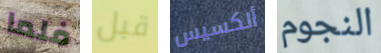
فلما قبل ألكسيس النجوم